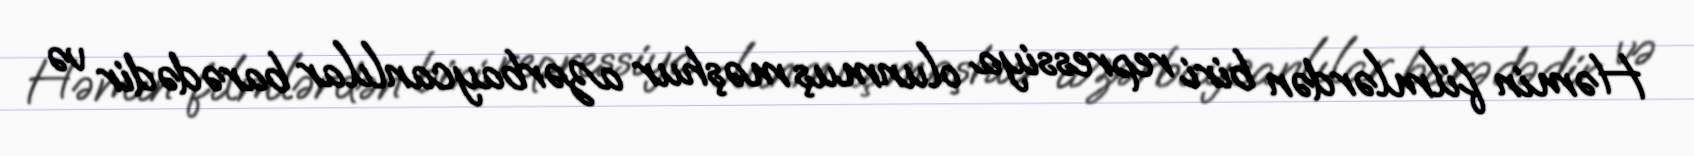
Həmin filmlərdən biri repressiya olunmuş məşhur azərbaycanlılar barədədir və